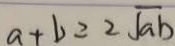
a + b = 2 \sqrt { a b }